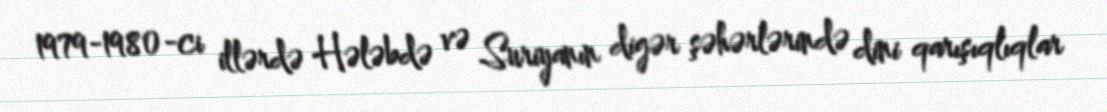
1979-1980-ci illərdə Hələbdə və Suriyanın digər şəhərlərində dini qarışıqlıqlar